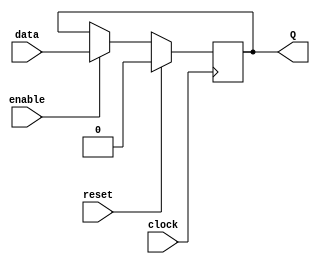
module flip_flop (
    input wire data,
    input wire clock,
    input wire reset,
    input wire enable,
    output reg Q
);

always @ (posedge clock) begin
    if (reset) begin
        Q <= 1'b0;
    end else if (enable) begin
        Q <= data;
    end
end

endmodule